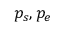
p _ { s } , p _ { e }